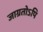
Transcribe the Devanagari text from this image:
जाग्रतोऽपि